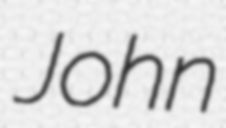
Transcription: John